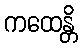
ကထေန္တိ